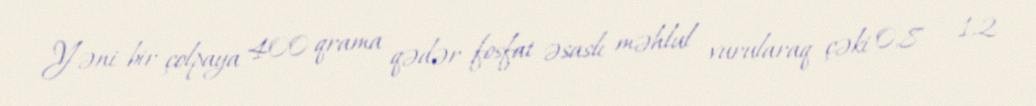
Yəni bir çolpaya 400 qrama qədər fosfat əsaslı məhlul vurularaq çəki 0,8 - 1,2